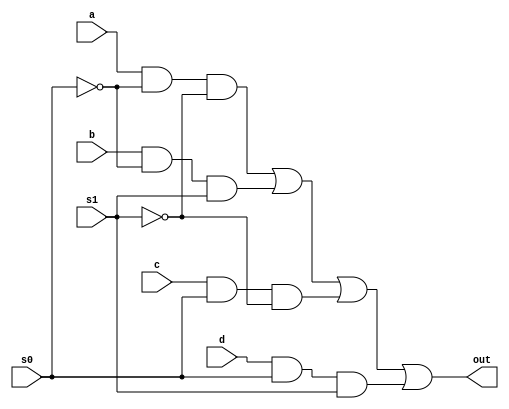
//gate level modelling
module muxfourgtlvl(out, a, b, c, d, s0, s1);
  output out;
  input a, b, c, d, s0, s1;
  wire sobar, s1bar, y1, y2, y3, y4;
  not (s0bar, s0), (s1bar, s1);
  and (y1, a, s0bar, s1bar), (y2, b, s0bar, s1),(y3, c, s0, s1bar), (y4, d, s0, s1);      //gate functionalities
  or(out, y1, y2, y3, y4);
endmodule